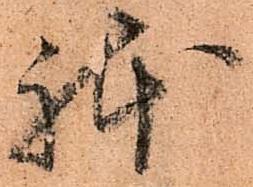
躰